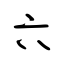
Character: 六